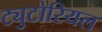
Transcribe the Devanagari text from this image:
ट्युटोरियल